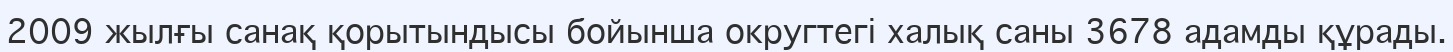
2009 жылғы санақ қорытындысы бойынша округтегі халық саны 3678 адамды құрады.